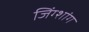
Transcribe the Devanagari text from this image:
जिंग्शांग